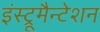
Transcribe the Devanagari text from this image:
इंस्ट्रूमैन्टेशन